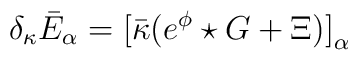
\delta_\kappa \bar E_\alpha = \big[\bar\kappa (e^\phi \star G + \Xi)\big]_\alpha